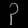
Digit: ၃